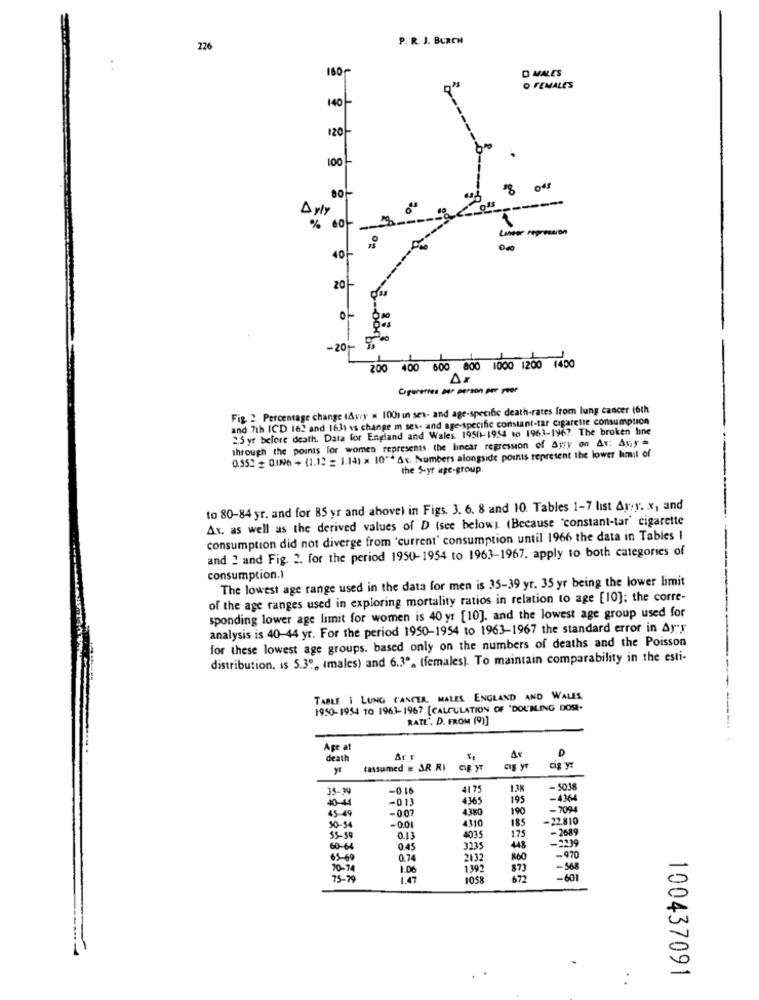
P. R. J. BURCH
226
. .
160
D MALES
O FEMALES
140-
120
100
8
80
Byly
% 60-
40}
20
-20
be
200 400 600 800 1000 1200 1400
Ar
Cogerettes Der person per peer
Fig. 2. Percentage change (Ayry = 1001 in sex- and age-specific death-rates from lung cancer (6th
and 7th ICD 162 and 1631 vs change m sex- and age-specific constant-tar cigarette consumption
2.5 yr before death. Data for England and Wales 1950-1954 to 1963-1967. The broken hne
through the points for women represents the linear regression of Ayry on Ar: Asy =
0.552 # 0.IN6 + (1.12 = 1.14) x 10"* Av. Numbers alongside points represent the lower hamil of
the S-yr age-group.
to 80-84 yr. and for 85 yr and above) in Figs. 3. 6. 8 and 10. Tables 1-7 list Ary. x, and
Av. as well as the derived values of D (see below). (Because "constant-tar' cigarette
consumption did not diverge from "current' consumption until 1966 the data in Tables I
and 2 and Fig. 2. for the period 1950-1954 to 1963-1967. apply to both categories of
consumption.)
The lowest age range used in the data for men is 35-39 yr. 35 yr being the lower limit
of the age ranges used in exploring mortality ratios in relation to age [10]; the corre-
sponding lower age limit for women is 40 yr [10], and the lowest age group used for
analysis is 40-44 yr. For the period 1950-1954 to 1963-1967 the standard error in Ay"y
for these lowest age groups. based only on the numbers of deaths and the Poisson
distribution, is 5.3º, Imales) and 6.3º. (females). To maintain comparability in the esti-
TABLE 1 LUNG CANCER. MALES ENGLAND AND WALES
1950-1954 10 1963-1967 [CALCULATION OF "DOUBLING DOSE-
RATL'. D. FROM (9)]
------
Age at
death
Ar r
Av
tassumed # AR RI
cig yz
-0.16
41 75
- 5038
40-44
-0.1.
4365
195
-4364
45 49
-0.07
43x0
190
- 7094
-0.01
4310
185
-22.810
50-54
175
- 2689
55-59
0.13
4035
-2239
60-64
0.45
3235
448
65-69
0.74
2132
860
-970
70-74
1.06
1392
873
-568
75-79
1.47
1058
672
- 601
100437091